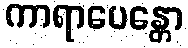
ကာရာပေန္တော